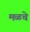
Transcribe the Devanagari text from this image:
मळचे